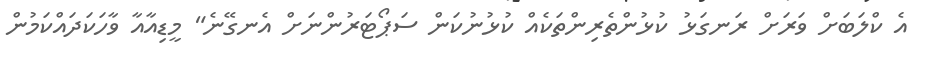
އެ ކްލަބަށް ވަރަށް ރަނގަޅު ކުޅުންތެރިންތަކެއް ކުޅުނުކަން ސަޕޯޓަރުންނަށް އެނގޭނެ" މީޑިއާއާ ވާހަކަދައްކަމުން